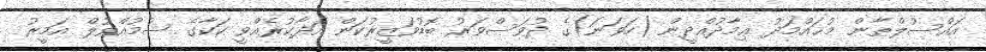
އައްސުލްޠާން މުޙައްމަދު ޢިމާދުއްދީން (ހަވަނަ)ގެ ދުވަސްވަރު ބޮޑުވަޒީރުކަން އަދާކުރެއްވީ ކަކާގެ ސުމުއްވުލް އަމީރު